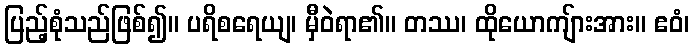
ပြည့်စုံသည်ဖြစ်၍။ ပရိစရေယျ၊ မှီဝဲရာ၏။ တဿ၊ ထိုယောကျ်ားအား။ ဧဝံ၊